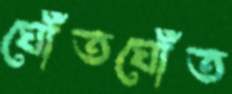
ঘোঁতঘোঁত